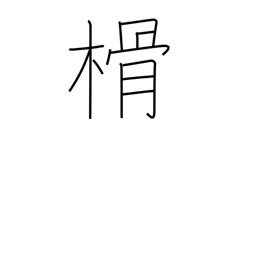
Meaning: chip (of wood)